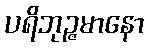
ပရိဘုဉ္ဇမာနော